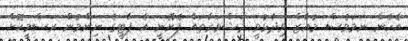
އެހެން ނަމަވެސް މުއާޒް ވިދާޅުވީ މަޝްވަރާތައް ފެށޭނީ އެ ޕާޓީގެ ނިންމުން ރަސްމީކޮށް